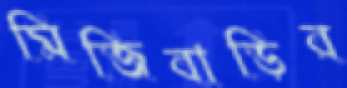
মিজিবাড়ির